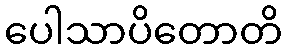
ပေါသာပိတောတိ